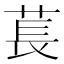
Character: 萇